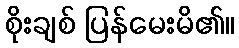
စိုးချစ် ပြန်မေးမိ၏။